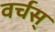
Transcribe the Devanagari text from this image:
वर्चस्